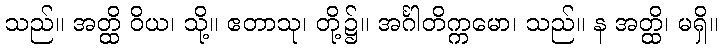
သည်။ အတ္ထိ ဝိယ၊ သို့။ ဧတာသု၊ တို့၌။ အင်္ဂါတိက္ကမော၊ သည်။ န အတ္ထိ၊ မရှိ။